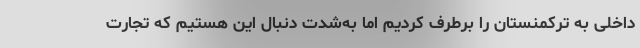
داخلی به ترکمنستان را برطرف کردیم اما به‌شدت دنبال این هستیم که تجارت